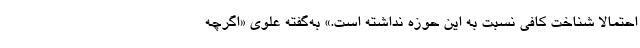
احتمالا شناخت كافی نسبت به اين حوزه نداشته است.» به‌گفته علوي «اگرچه